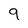
Character: 9